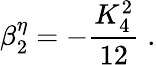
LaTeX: \beta_{2}^{\eta}=-\frac{K_{4}^{2}}{12}\; .